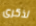
لذكرى